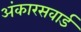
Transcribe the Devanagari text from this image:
अंकारसवार्ड